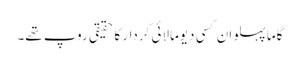
گاما پہلوان کسی دیومالائی کردار کا حقیقی روپ تھے۔